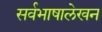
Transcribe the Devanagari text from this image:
सर्वभाषालेखन